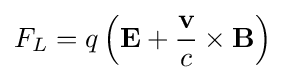
F_{L}=q\left(\mathbf {E} +{\frac {\mathbf {v} }{c}}\times \mathbf {B} \right)